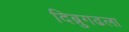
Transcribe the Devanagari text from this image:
दिब्रुगढला